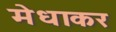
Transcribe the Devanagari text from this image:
मेधाकर